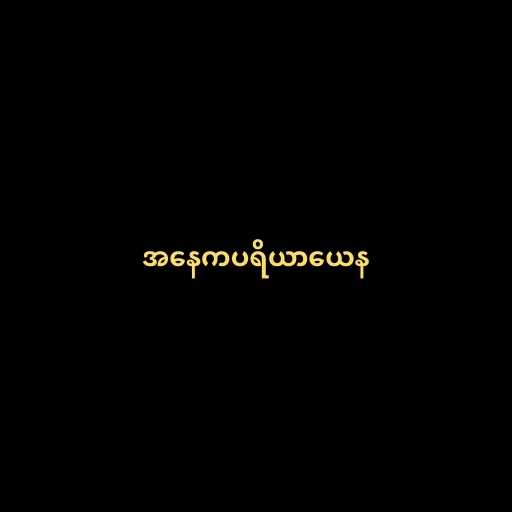
အနေကပရိယာယေန